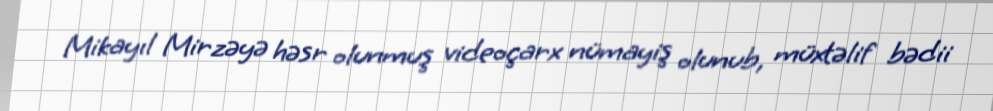
Mikayıl Mirzəyə həsr olunmuş videoçarx nümayiş olunub, müxtəlif bədii